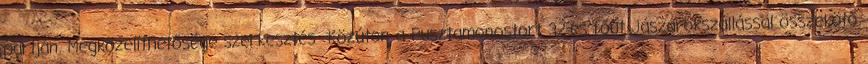
partján. Megközelíthetősége szerkesztés Közúton a Pusztamonostort 32-es főút Jászárokszállással összekötő